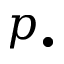
p _ { \bullet }